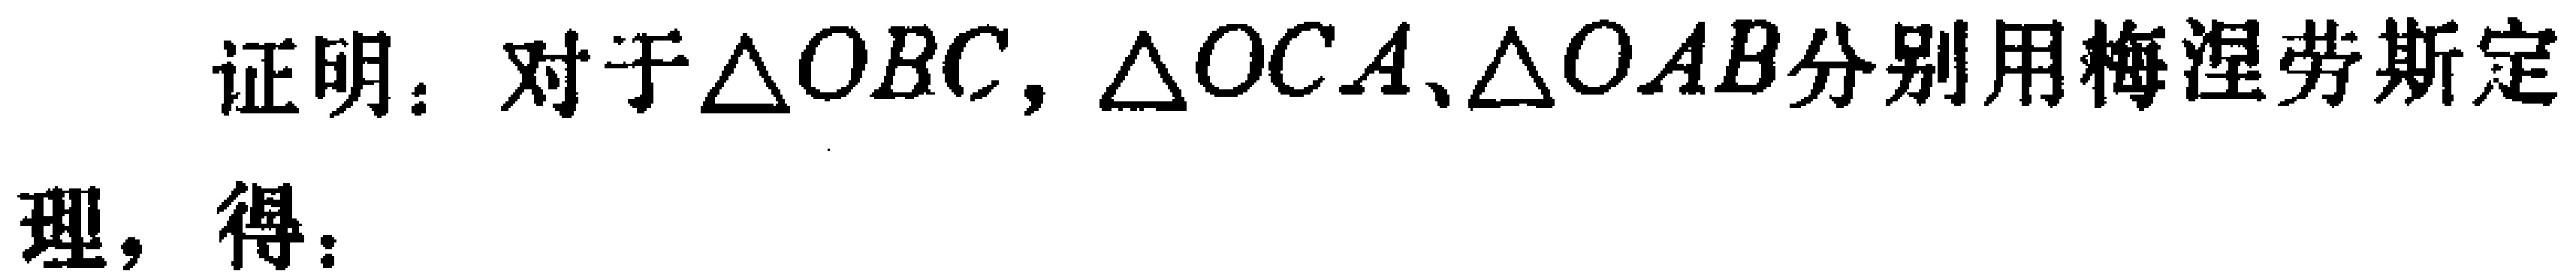
证明：对于$\triangle OBC$，$\triangle OCA$、$\triangle OAB$分别用梅涅劳斯定
理，得：